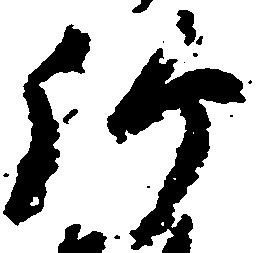
弥